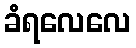
ခံရလေလေ